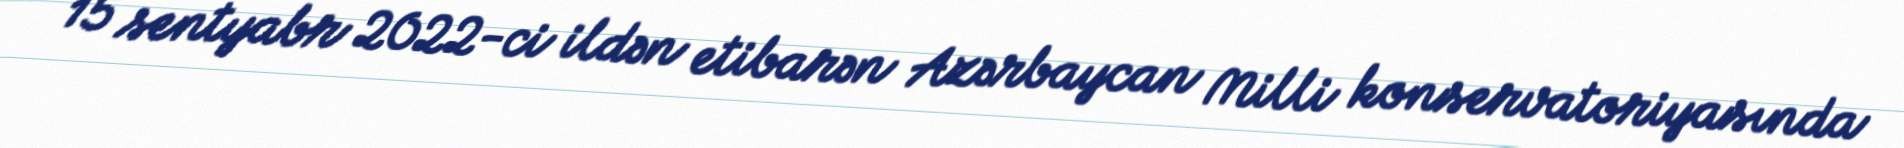
15 sentyabr 2022-ci ildən etibarən Azərbaycan Milli konservatoriyasında